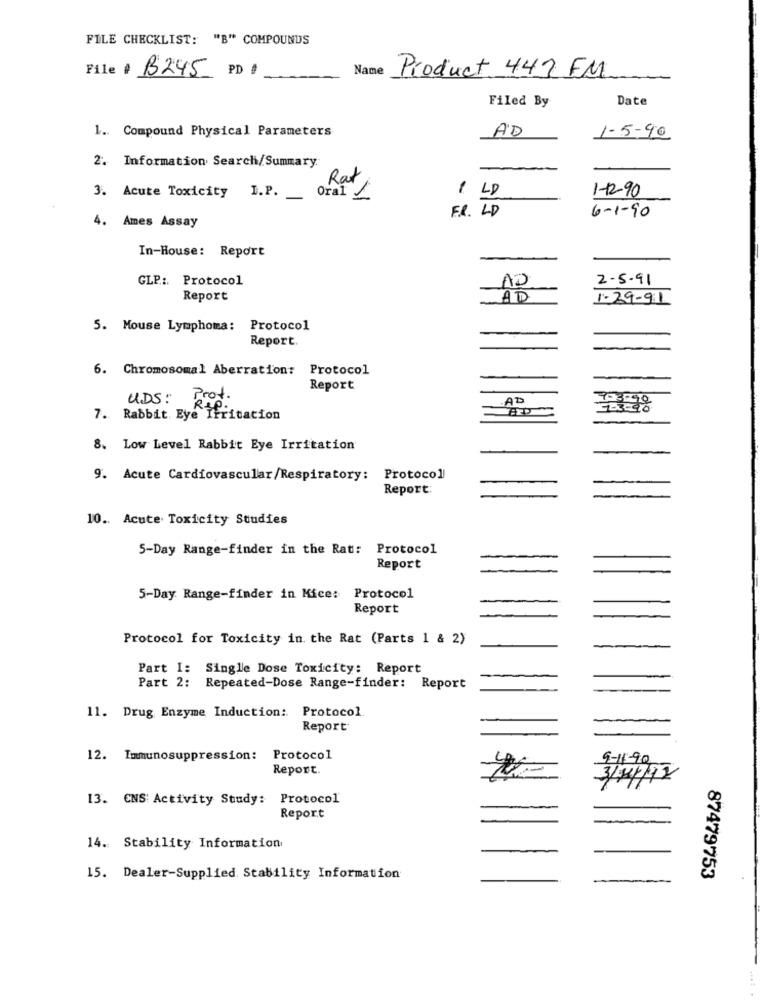
FILE CHECKLIST: "B" COMPOUNDS
File
Name
B245 PD 1
Product 442 FM
Date
Filed By
1. Compound Physical Parameters
AD
1-5-90
2. Information Search/Summary.
Rat
1 4D
3. Acute Toxicity I.P ._
Oral 1
1-1290
4. Ames Assay
F.R. LD
6-1-90
In-House: Report
GLP .:. Protocol
AD
2-5-91
Report
ADD
1-29-91
5. Mouse Lymphoma: Protocol
Report.
6. Chromosomal Aberration: Protocol
Report
UDS:
Prot.
AD
Re
7. Rabbit Eye Irritation
8. Low Level Rabbit Eye Irritation
9. Acute Cardiovascular/Respiratory: Protocol
Report:
10 .. Acute Toxicity Studies
5-Day Range-finder in the Rat:
Protocol
Report
5-Day Range-finder in Mice: Protocol
Report
Protocol for Toxicity in the Rat (Parts 1 & 2)
Part I: Single Dose Toxicity: Report
Part 2: Repeated-Dose Range-finder: Report
11. Drug Enzyme Induction: Protocol.
Report
12. Immunosuppression: Protocol
9-11-90
Report.
13. CNS Activity Study:
Protocol
Report
14. Stability Information
15. Dealer-Supplied. Stability Information
87479753